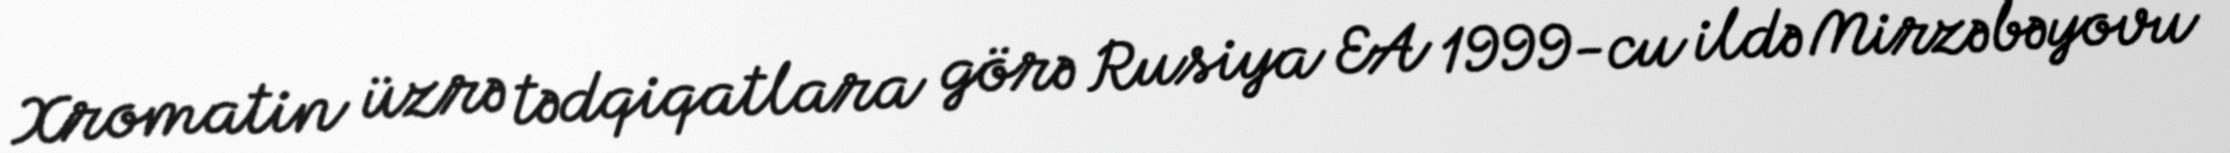
Xromatin üzrə tədqiqatlara görə Rusiya EA 1999-cu ildə Mirzəbəyovu